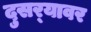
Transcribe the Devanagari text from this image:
दुसर्‍यावर